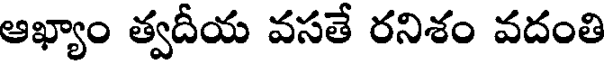
ఆఖ్యాం త్వదీయ వసతే రనిశం వదంతి